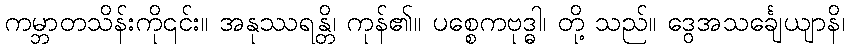
ကမ္ဘာတသိန်းကို၎င်း။ အနုဿရန္တိ၊ ကုန်၏။ ပစ္စေကဗုဒ္ဓါ၊ တို့ သည်။ ဒွေအသင်္ချေယျာနိ၊